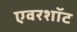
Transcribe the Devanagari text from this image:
एवरशॉट